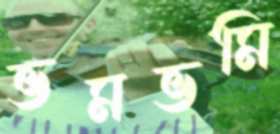
ভমভমি